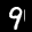
Label: 9